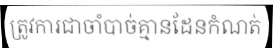
ត្រូវការជាចាំបាច់គ្មានដែនកំណត់